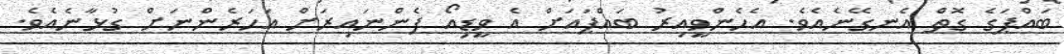
ބައްޕަގެ ގޮތް އެނގޭނެއެވެ. އެހެންވީއިރު ބައްޕައަށް އެ ވީޑިއޯ ފެންނައިރަށް އަހަރެންނަށް ގުޅާނެއެވެ.